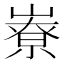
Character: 嶚